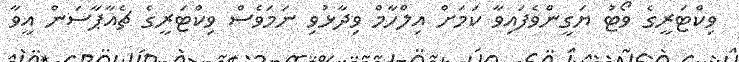
ވިކްޓަރީގެ ވޯޓު ޔަގީންވެފައިވާ ކަމަށް އިލްހާމް ވިދާޅުވި ނަމަވެސް ވިކްޓަރީގެ ޗެއާޕާސަން އީވާ